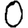
Digit: 0